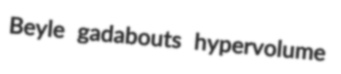
Beyle gadabouts hypervolume